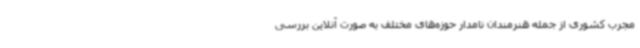
مجرب کشوری از جمله هنرمندان نامدار حوزه‌های مختلف به صورت آنلاین بررسی